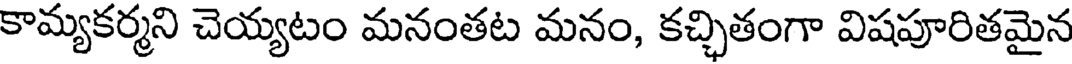
కామ్యకర్మని చెయ్యటం మనంతట మనం, కచ్చితంగా విషపూరితమైన